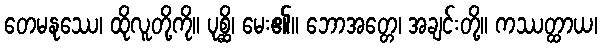
တေမနုဿေ၊ ထိုလူတို့ကို။ ပုစ္ဆိ၊ မေး၏။ ဘောအတ္တေ၊ အချင်းတို့။ ကဿတ္ထာယ၊